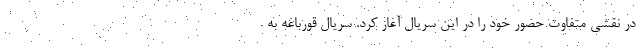
در نقشی متفاوت حضور خود را در این سریال آغاز کرد. سریال قورباغه به